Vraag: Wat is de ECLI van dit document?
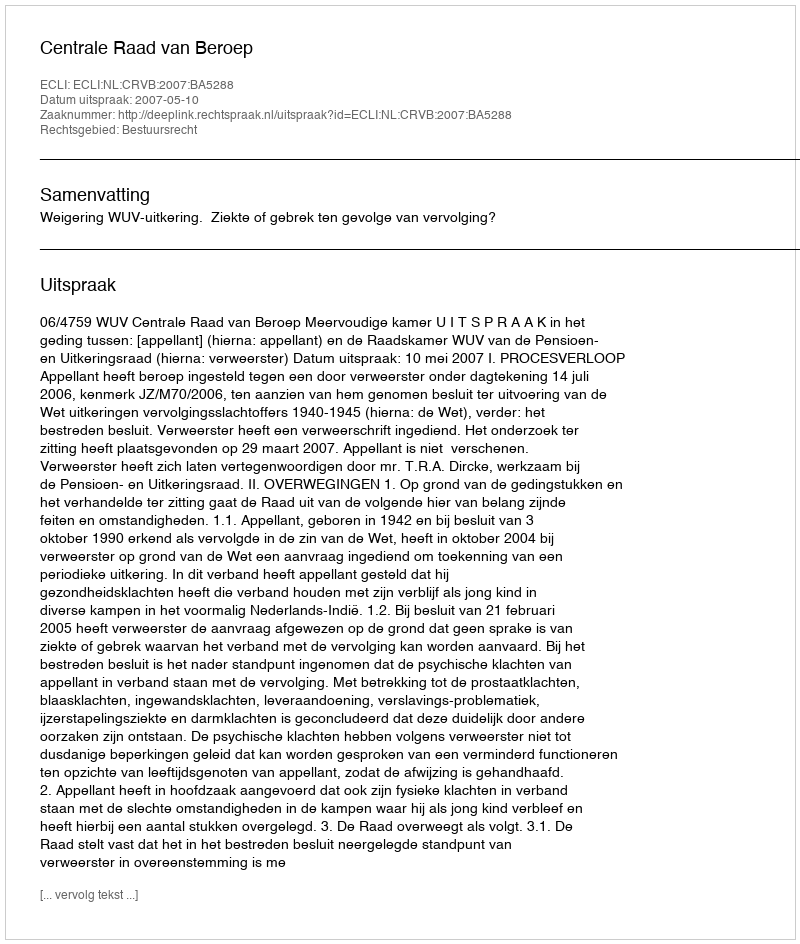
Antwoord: ECLI:NL:CRVB:2007:BA5288